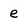
Character: e